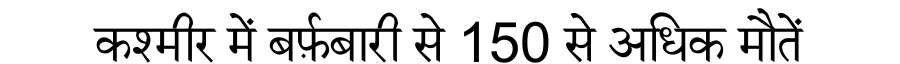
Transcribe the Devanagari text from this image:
कश्मीर में बर्फ़बारी से 150 से अधिक मौतें